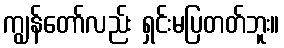
ကျွန်တော်လည်း ရှင်းမပြတတ်ဘူး။